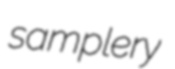
samplery